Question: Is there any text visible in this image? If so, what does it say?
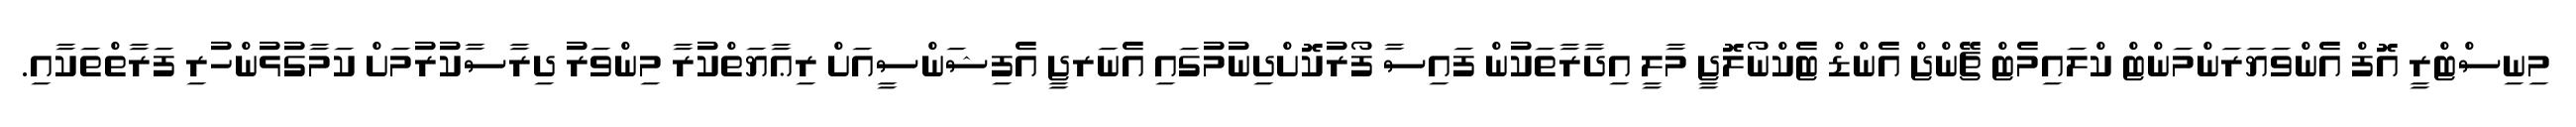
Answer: މިނިސްޓްރީ އޮފް އެންވަޔަރަންމަންޓް ކްލައިމެޓް ޗޭންޖް އެންޑް ޓެކްނޯލޮޖީ މާލީ އިދާރާތަކުން ފައިސާ ފޯރުކޮށްދިނުމުގައި އެނަރޖީ އެފިޝަންސީއަށް ރިޢާޔަތްކުރާ މިންވަރު ދިރާސާކުރުމަށް ކަމާގުޅުންހުރި ފަރާތްތަކާއި.